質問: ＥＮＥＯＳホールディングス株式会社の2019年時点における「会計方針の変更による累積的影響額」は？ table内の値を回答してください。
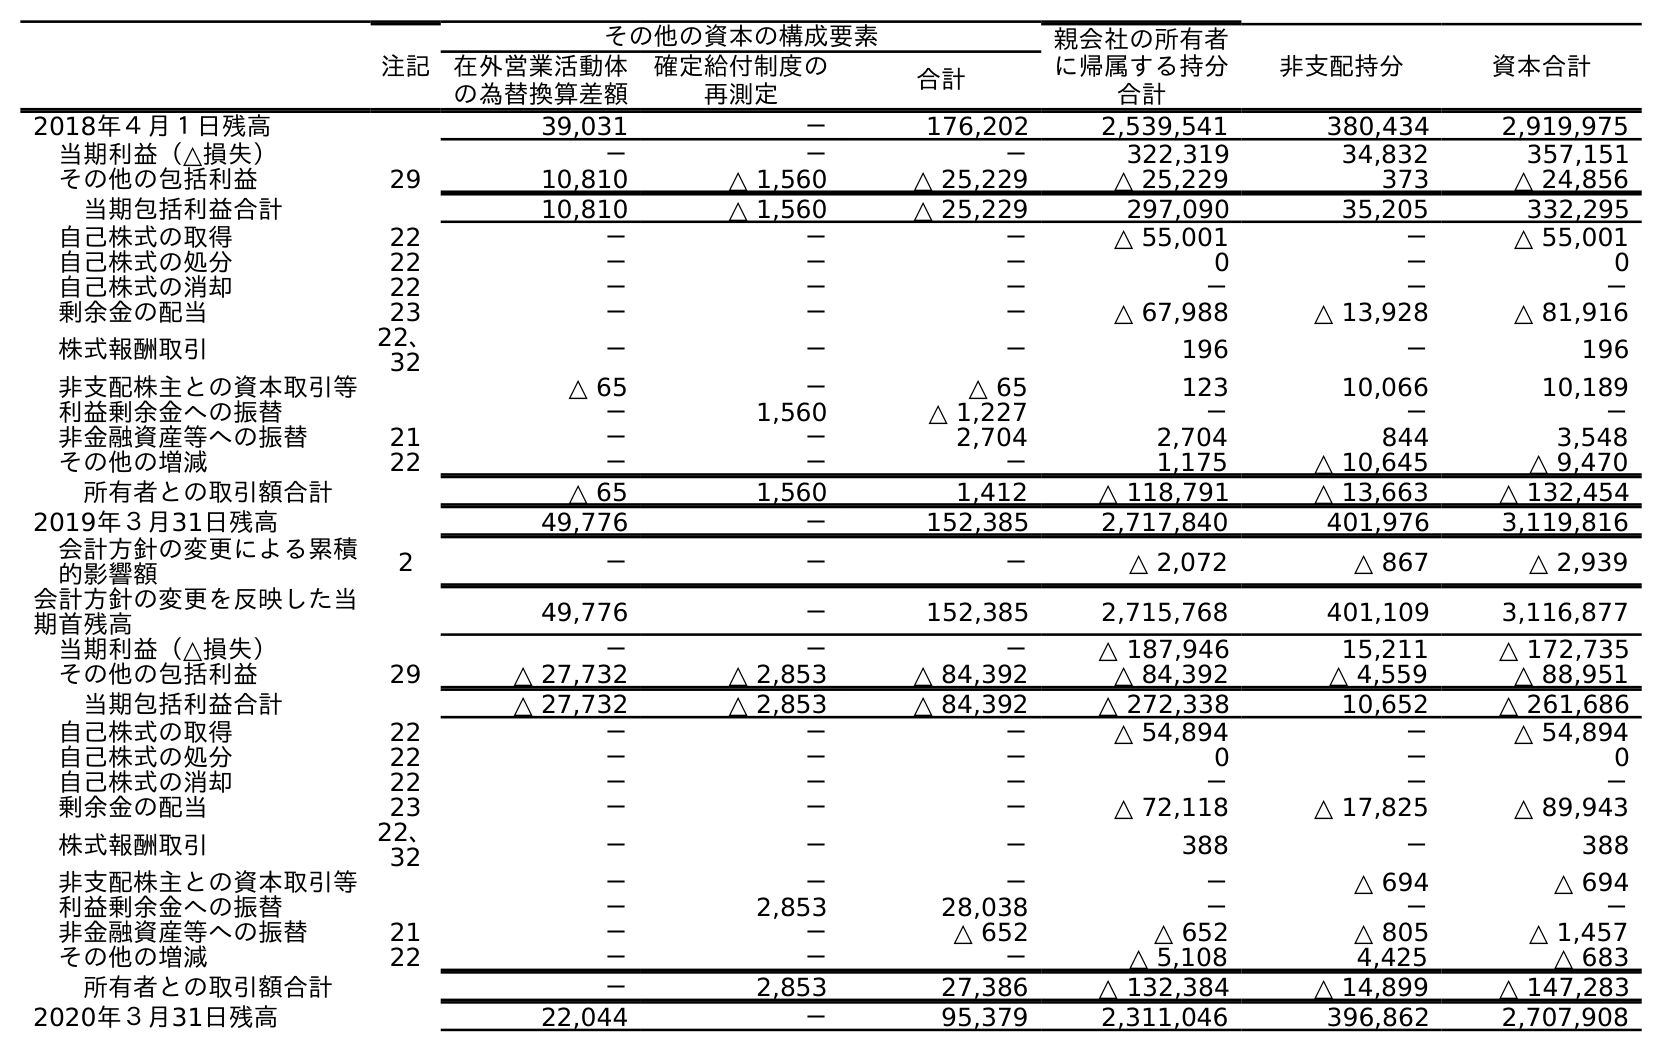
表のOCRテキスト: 注記 その他の資本の構成要素 親会社の所有者 に帰属する持分 合計 非支配持分 資本合計 在外営業活動体 の為替換算差額 確定給付制度の 再測定 合計 2018年４月１日残高 39,031 － 176,202 2,539,541 380,434 2,919,975 当期利益（△損失） － － － 322,319 34,832 357,151 その他の包括利益 29 10,810 △ 1,560 △ 25,229 △ 25,229 373 △ 24,856 当期包括利益合計 10,810 △ 1,560 △ 25,229 297,090 35,205 332,295 自己株式の取得 22 － － － △ 55,001 － △ 55,001 自己株式の処分 22 － － － 0 － 0 自己株式の消却 22 － － － － － － 剰余金の配当 23 － － － △ 67,988 △ 13,928 △ 81,916 株式報酬取引 22、 32 － － － 196 － 196 非支配株主との資本取引等 △ 65 － △ 65 123 10,066 10,189 利益剰余金への振替 － 1,560 △ 1,227 － － － 非金融資産等への振替 21 － － 2,704 2,704 844 3,548 その他の増減 22 － － － 1,175 △ 10,645 △ 9,470 所有者との取引額合計 △ 65 1,560 1,412 △ 118,791 △ 13,663 △ 132,454 2019年３月31日残高 49,776 － 152,385 2,717,840 401,976 3,119,816 会計方針の変更による累積 的影響額 2 － － － △ 2,072 △ 867 △ 2,939 会計方針の変更を反映した当 期首残高 49,776 － 152,385 2,715,768 401,109 3,116,877 当期利益（△損失） － － － △ 187,946 15,211 △ 172,735 その他の包括利益 29 △ 27,732 △ 2,853 △ 84,392 △ 84,392 △ 4,559 △ 88,951 当期包括利益合計 △ 27,732 △ 2,853 △ 84,392 △ 272,338 10,652 △ 261,686 自己株式の取得 22 － － － △ 54,894 － △ 54,894 自己株式の処分 22 － － － 0 － 0 自己株式の消却 22 － － － － － － 剰余金の配当 23 － － － △ 72,118 △ 17,825 △ 89,943 株式報酬取引 22、 32 － － － 388 － 388 非支配株主との資本取引等 － － － － △ 694 △ 694 利益剰余金への振替 － 2,853 28,038 － － － 非金融資産等への振替 21 － － △ 652 △ 652 △ 805 △ 1,457 その他の増減 22 － － － △ 5,108 4,425 △ 683 所有者との取引額合計 － 2,853 27,386 △ 132,384 △ 14,899 △ 147,283 2020年３月31日残高 22,044 － 95,379 2,311,046 396,862 2,707,908
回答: △2,939